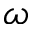
\omega